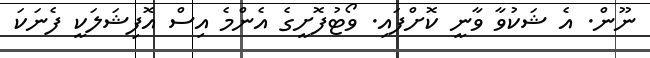
ނޫން. އެ ޝަކުވާ ވާނީ ކޮށްފައި. ވޯޓުފޮށީގެ އެންމެ އިސް އޮފިޝަލަކީ ފެނަކަ